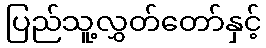
ပြည်သူ့လွှတ်တော်နှင့်